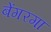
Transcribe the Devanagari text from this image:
बेंगरगा